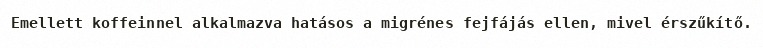
Emellett koffeinnel alkalmazva hatásos a migrénes fejfájás ellen, mivel érszűkítő.